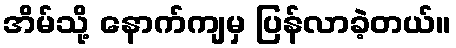
အိမ်သို့ နောက်ကျမှ ပြန်လာခဲ့တယ်။